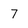
Character: 7